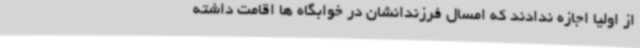
از اولیا اجازه ندادند که امسال فرزندانشان در خوابگاه ها اقامت داشته